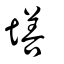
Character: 墡